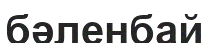
бәленбай